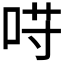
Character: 𱒰